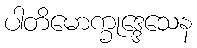
ပါတိမောက္ခုဒ္ဒေသေန